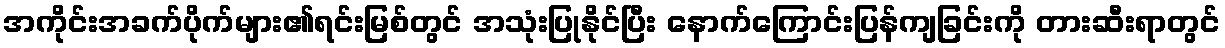
အကိုင်းအခက်ပိုက်များ၏ရင်းမြစ်တွင် အသုံးပြုနိုင်ပြီး နောက်ကြောင်းပြန်ကျခြင်းကို တားဆီးရာတွင်